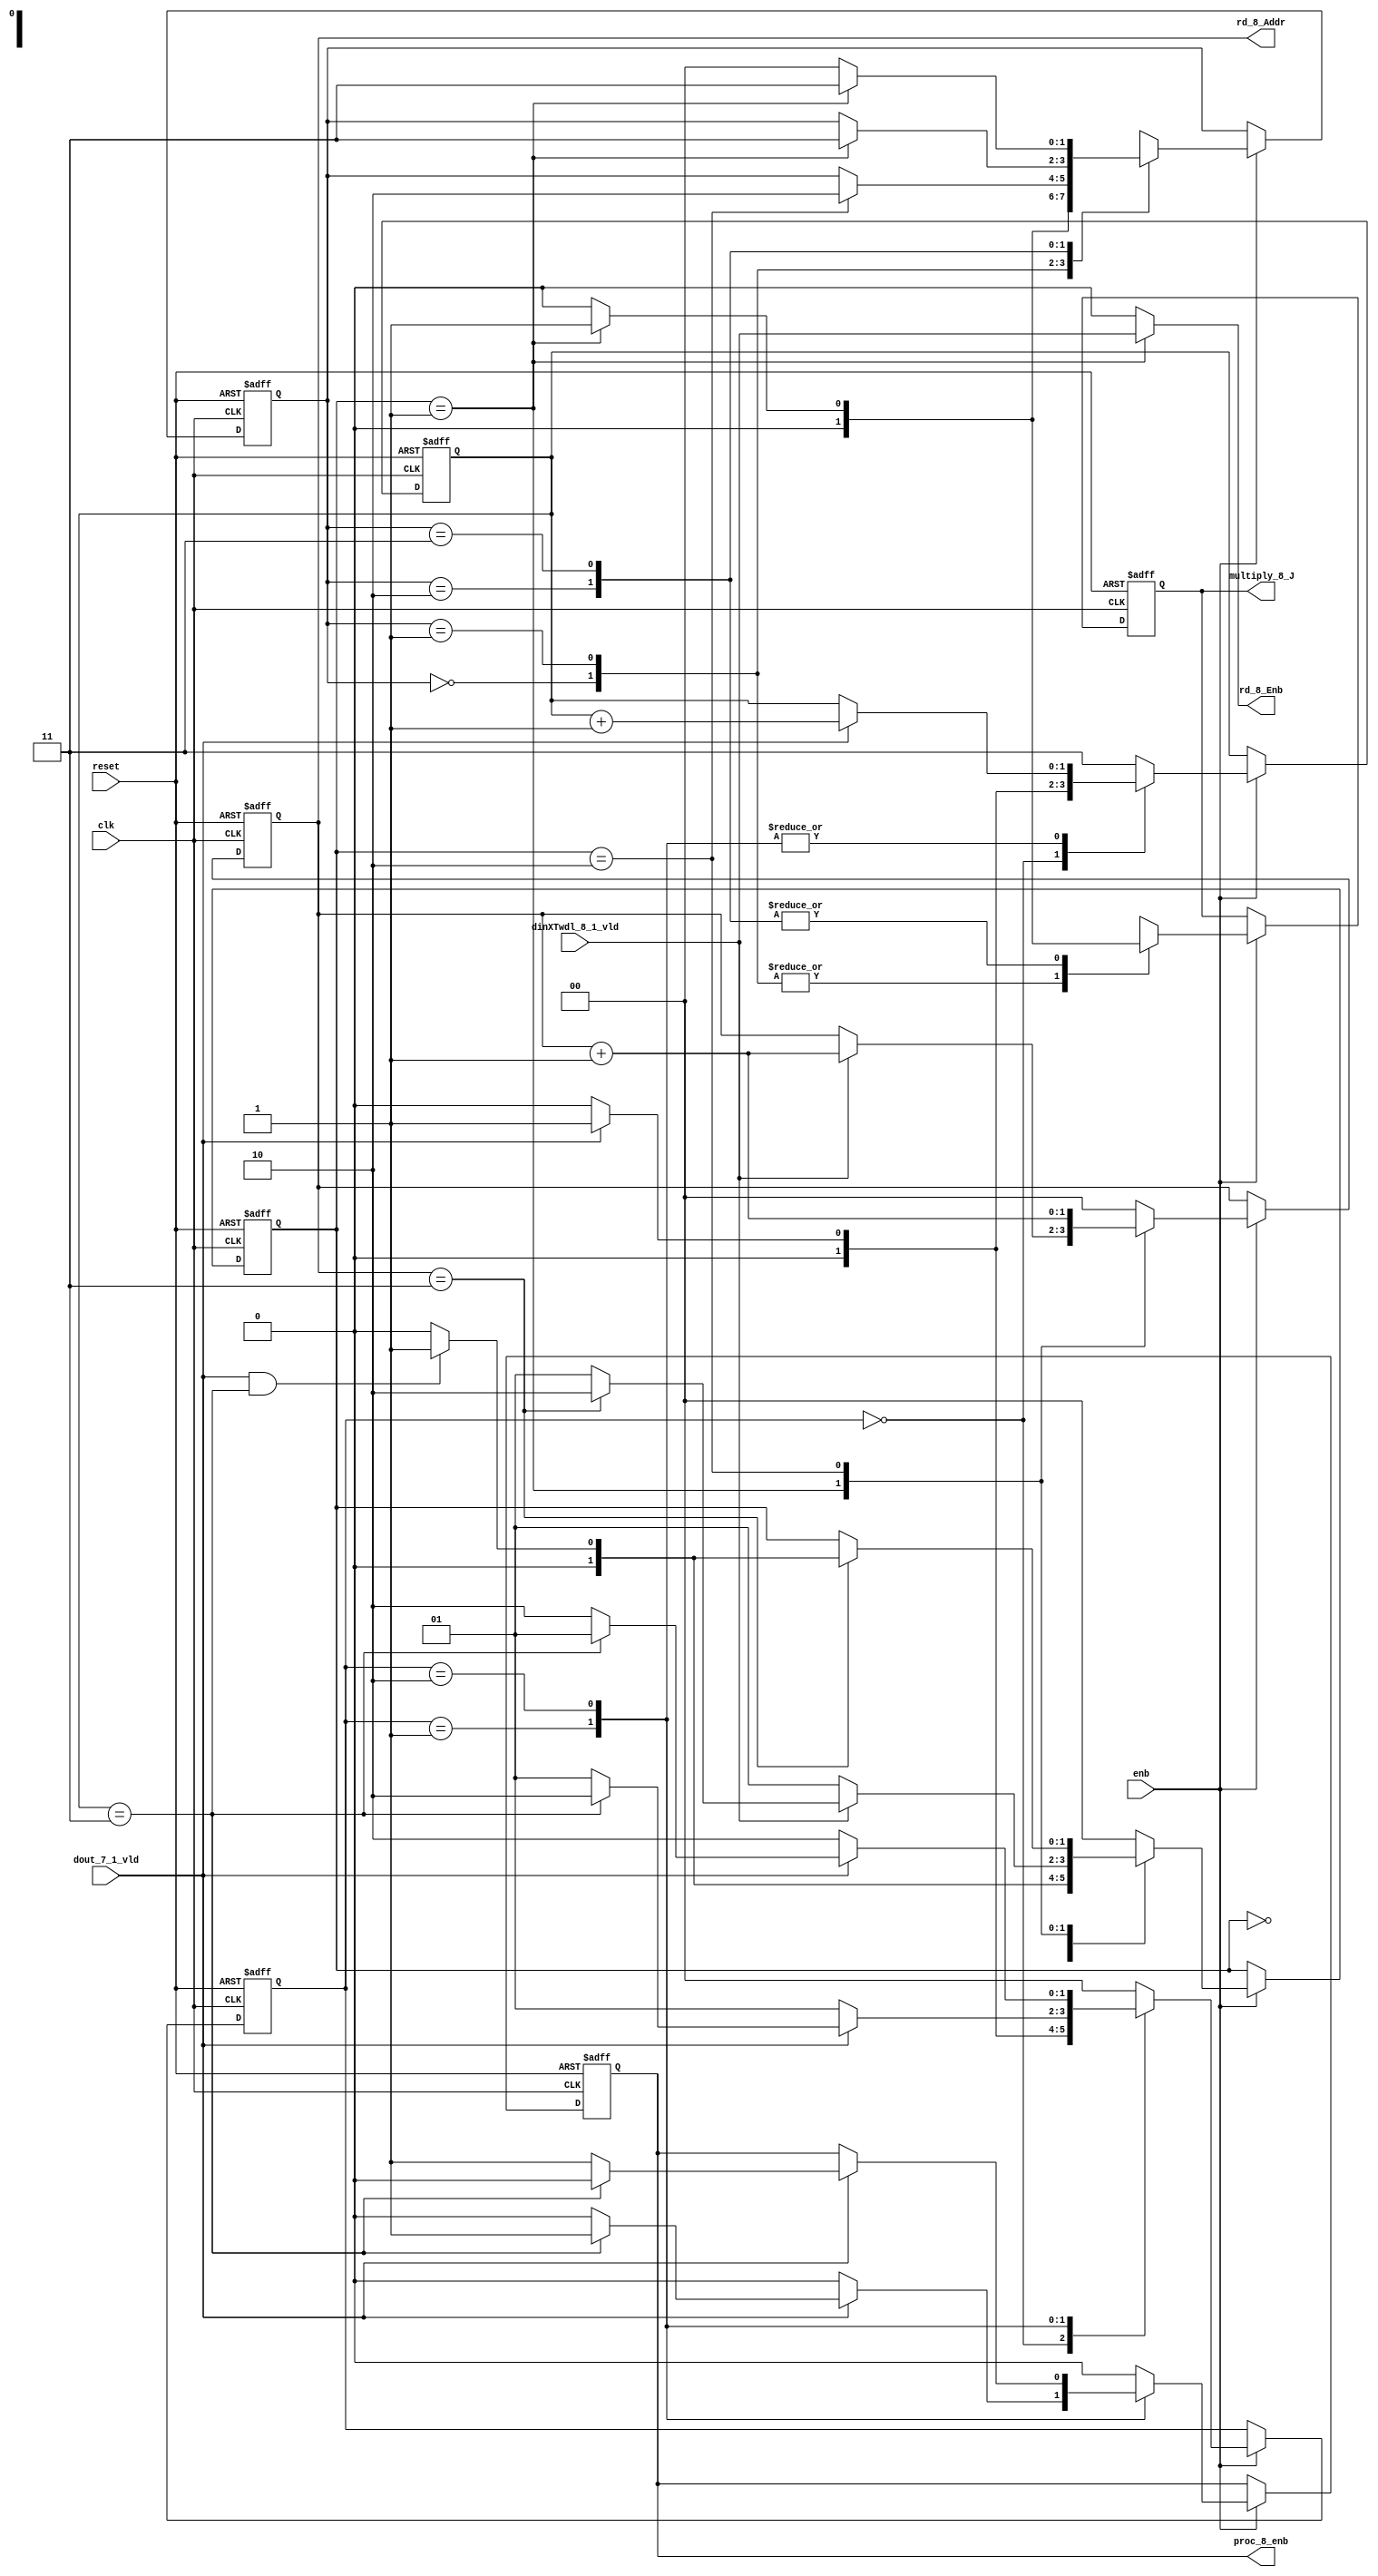
// -------------------------------------------------------------
// 
// 
// Generated by MATLAB 9.13 and HDL Coder 4.0
// 
// -------------------------------------------------------------


// -------------------------------------------------------------
// 
// Module: RADIX22FFT_CTRL1_8
// Source Path: tb_FFT/DUT/FFT/RADIX22FFT_CTRL1_8
// Hierarchy Level: 2
// 
// -------------------------------------------------------------

`timescale 1 ns / 1 ns

module RADIX22FFT_CTRL1_8
          (clk,
           reset,
           enb,
           dout_7_1_vld,
           dinXTwdl_8_1_vld,
           rd_8_Addr,
           rd_8_Enb,
           proc_8_enb,
           multiply_8_J);


  input   clk;
  input   reset;
  input   enb;
  input   dout_7_1_vld;
  input   dinXTwdl_8_1_vld;
  output  [1:0] rd_8_Addr;  // ufix2
  output  rd_8_Enb;
  output  proc_8_enb;
  output  multiply_8_J;


  reg [1:0] SDFController_wrCount;  // ufix2
  reg [1:0] SDFController_wrState;  // ufix2
  reg [1:0] SDFController_rdState;  // ufix2
  reg [1:0] SDFController_rdAddr_reg;  // ufix2
  reg  SDFController_procEnb_reg;
  reg [1:0] SDFController_multjState;  // ufix2
  reg  SDFController_multiply_J_reg;
  reg [1:0] SDFController_wrCount_next;  // ufix2
  reg [1:0] SDFController_wrState_next;  // ufix2
  reg [1:0] SDFController_rdState_next;  // ufix2
  reg [1:0] SDFController_rdAddr_reg_next;  // ufix2
  reg  SDFController_procEnb_reg_next;
  reg [1:0] SDFController_multjState_next;  // ufix2
  reg  SDFController_multiply_J_reg_next;
  reg [1:0] rd_8_Addr_1;  // ufix2
  reg  rd_8_Enb_1;
  reg  proc_8_enb_1;
  reg  multiply_8_J_1;


  // SDFController
  always @(posedge clk or posedge reset)
    begin : SDFController_process
      if (reset == 1'b1) begin
        SDFController_wrCount <= 2'b00;
        SDFController_rdAddr_reg <= 2'b00;
        SDFController_wrState <= 2'b00;
        SDFController_rdState <= 2'b00;
        SDFController_multjState <= 2'b00;
        SDFController_procEnb_reg <= 1'b0;
        SDFController_multiply_J_reg <= 1'b0;
      end
      else begin
        if (enb) begin
          SDFController_wrCount <= SDFController_wrCount_next;
          SDFController_wrState <= SDFController_wrState_next;
          SDFController_rdState <= SDFController_rdState_next;
          SDFController_rdAddr_reg <= SDFController_rdAddr_reg_next;
          SDFController_procEnb_reg <= SDFController_procEnb_reg_next;
          SDFController_multjState <= SDFController_multjState_next;
          SDFController_multiply_J_reg <= SDFController_multiply_J_reg_next;
        end
      end
    end

  always @(SDFController_multiply_J_reg, SDFController_multjState,
       SDFController_procEnb_reg, SDFController_rdAddr_reg,
       SDFController_rdState, SDFController_wrCount, SDFController_wrState,
       dinXTwdl_8_1_vld, dout_7_1_vld) begin
    SDFController_wrCount_next = SDFController_wrCount;
    SDFController_wrState_next = SDFController_wrState;
    SDFController_rdState_next = SDFController_rdState;
    SDFController_rdAddr_reg_next = SDFController_rdAddr_reg;
    SDFController_procEnb_reg_next = SDFController_procEnb_reg;
    SDFController_multjState_next = SDFController_multjState;
    SDFController_multiply_J_reg_next = SDFController_multiply_J_reg;
    case ( SDFController_multjState)
      2'b00 :
        begin
          SDFController_multjState_next = 2'b00;
          SDFController_multiply_J_reg_next = 1'b0;
          if (SDFController_rdState == 2'b01) begin
            SDFController_multjState_next = 2'b01;
          end
        end
      2'b01 :
        begin
          SDFController_multiply_J_reg_next = 1'b0;
          if (SDFController_rdState == 2'b10) begin
            SDFController_multjState_next = 2'b10;
          end
        end
      2'b10 :
        begin
          SDFController_multiply_J_reg_next = 1'b0;
          if (SDFController_rdState == 2'b01) begin
            SDFController_multjState_next = 2'b11;
            SDFController_multiply_J_reg_next = 1'b1;
          end
        end
      2'b11 :
        begin
          if (SDFController_rdState == 2'b01) begin
            SDFController_multjState_next = 2'b11;
            SDFController_multiply_J_reg_next = 1'b1;
          end
          else begin
            SDFController_multiply_J_reg_next = 1'b0;
            SDFController_multjState_next = 2'b00;
          end
        end
      default :
        begin
          SDFController_multjState_next = 2'b00;
          SDFController_multiply_J_reg_next = 1'b0;
        end
    endcase
    case ( SDFController_rdState)
      2'b00 :
        begin
          SDFController_rdState_next = 2'b00;
          SDFController_rdAddr_reg_next = 2'b00;
          rd_8_Enb_1 = 1'b0;
          if (dout_7_1_vld && (SDFController_wrCount == 2'b11)) begin
            SDFController_rdState_next = 2'b01;
          end
        end
      2'b01 :
        begin
          SDFController_rdState_next = 2'b01;
          rd_8_Enb_1 = dinXTwdl_8_1_vld;
          if (dinXTwdl_8_1_vld) begin
            if (SDFController_rdAddr_reg == 2'b11) begin
              SDFController_rdState_next = 2'b10;
            end
            SDFController_rdAddr_reg_next = SDFController_rdAddr_reg + 2'b01;
          end
        end
      2'b10 :
        begin
          rd_8_Enb_1 = 1'b0;
          if (SDFController_rdAddr_reg == 2'b11) begin
            if (dout_7_1_vld && (SDFController_wrCount == 2'b11)) begin
              SDFController_rdState_next = 2'b01;
            end
            else begin
              SDFController_rdState_next = 2'b00;
            end
          end
          SDFController_rdAddr_reg_next = SDFController_rdAddr_reg + 2'b01;
        end
      default :
        begin
          SDFController_rdState_next = 2'b00;
          SDFController_rdAddr_reg_next = 2'b00;
          rd_8_Enb_1 = 1'b0;
        end
    endcase
    case ( SDFController_wrState)
      2'b00 :
        begin
          SDFController_wrState_next = 2'b00;
          SDFController_wrCount_next = 2'b00;
          SDFController_procEnb_reg_next = 1'b0;
          if (dout_7_1_vld) begin
            SDFController_wrState_next = 2'b01;
            SDFController_wrCount_next = 2'b01;
          end
        end
      2'b01 :
        begin
          SDFController_wrState_next = 2'b01;
          SDFController_procEnb_reg_next = 1'b0;
          if (dout_7_1_vld) begin
            if (SDFController_wrCount == 2'b11) begin
              SDFController_wrState_next = 2'b10;
              SDFController_procEnb_reg_next = 1'b1;
            end
            else begin
              SDFController_wrState_next = 2'b01;
            end
            SDFController_wrCount_next = SDFController_wrCount + 2'b01;
          end
        end
      2'b10 :
        begin
          SDFController_wrState_next = 2'b10;
          if (dout_7_1_vld) begin
            if (SDFController_wrCount == 2'b11) begin
              SDFController_wrState_next = 2'b01;
              SDFController_procEnb_reg_next = 1'b0;
            end
            else begin
              SDFController_wrState_next = 2'b10;
              SDFController_procEnb_reg_next = 1'b1;
            end
            SDFController_wrCount_next = SDFController_wrCount + 2'b01;
          end
        end
      default :
        begin
          SDFController_wrState_next = 2'b00;
          SDFController_wrCount_next = 2'b11;
          SDFController_procEnb_reg_next = 1'b0;
        end
    endcase
    rd_8_Addr_1 = SDFController_rdAddr_reg;
    proc_8_enb_1 = SDFController_procEnb_reg;
    multiply_8_J_1 = SDFController_multiply_J_reg;
  end



  assign rd_8_Addr = rd_8_Addr_1;

  assign rd_8_Enb = rd_8_Enb_1;

  assign proc_8_enb = proc_8_enb_1;

  assign multiply_8_J = multiply_8_J_1;

endmodule  // RADIX22FFT_CTRL1_8